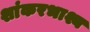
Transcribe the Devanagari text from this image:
शांकरभाश्य